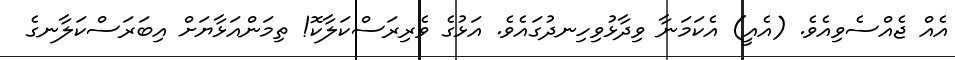
އެއް ޖެއްސެވިއެވެ. (އެއީ) އެކަމަނާ ވިދާޅުވިހިނދުގައެވެ. އަޅުގެ ވެރިރަސްކަލާކޮ! ތިމަންއަޅާޔަށް އިބަރަސްކަލާނގެ